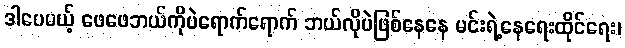
ဒါပေမယ့် ဖေဖေဘယ်ကိုပဲရောက်ရောက် ဘယ်လိုပဲဖြစ်နေနေ မင်းရဲ့နေရေးထိုင်ရေး၊